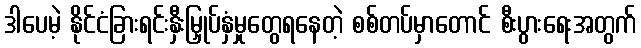
ဒါပေမဲ့ နိုင်ငံခြားရင်းနှီးမြှုပ်နှံမှုတွေရနေတဲ့ စစ်တပ်မှာတောင် စီးပွားရေးအတွက်